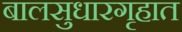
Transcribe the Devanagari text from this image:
बालसुधारगृहात